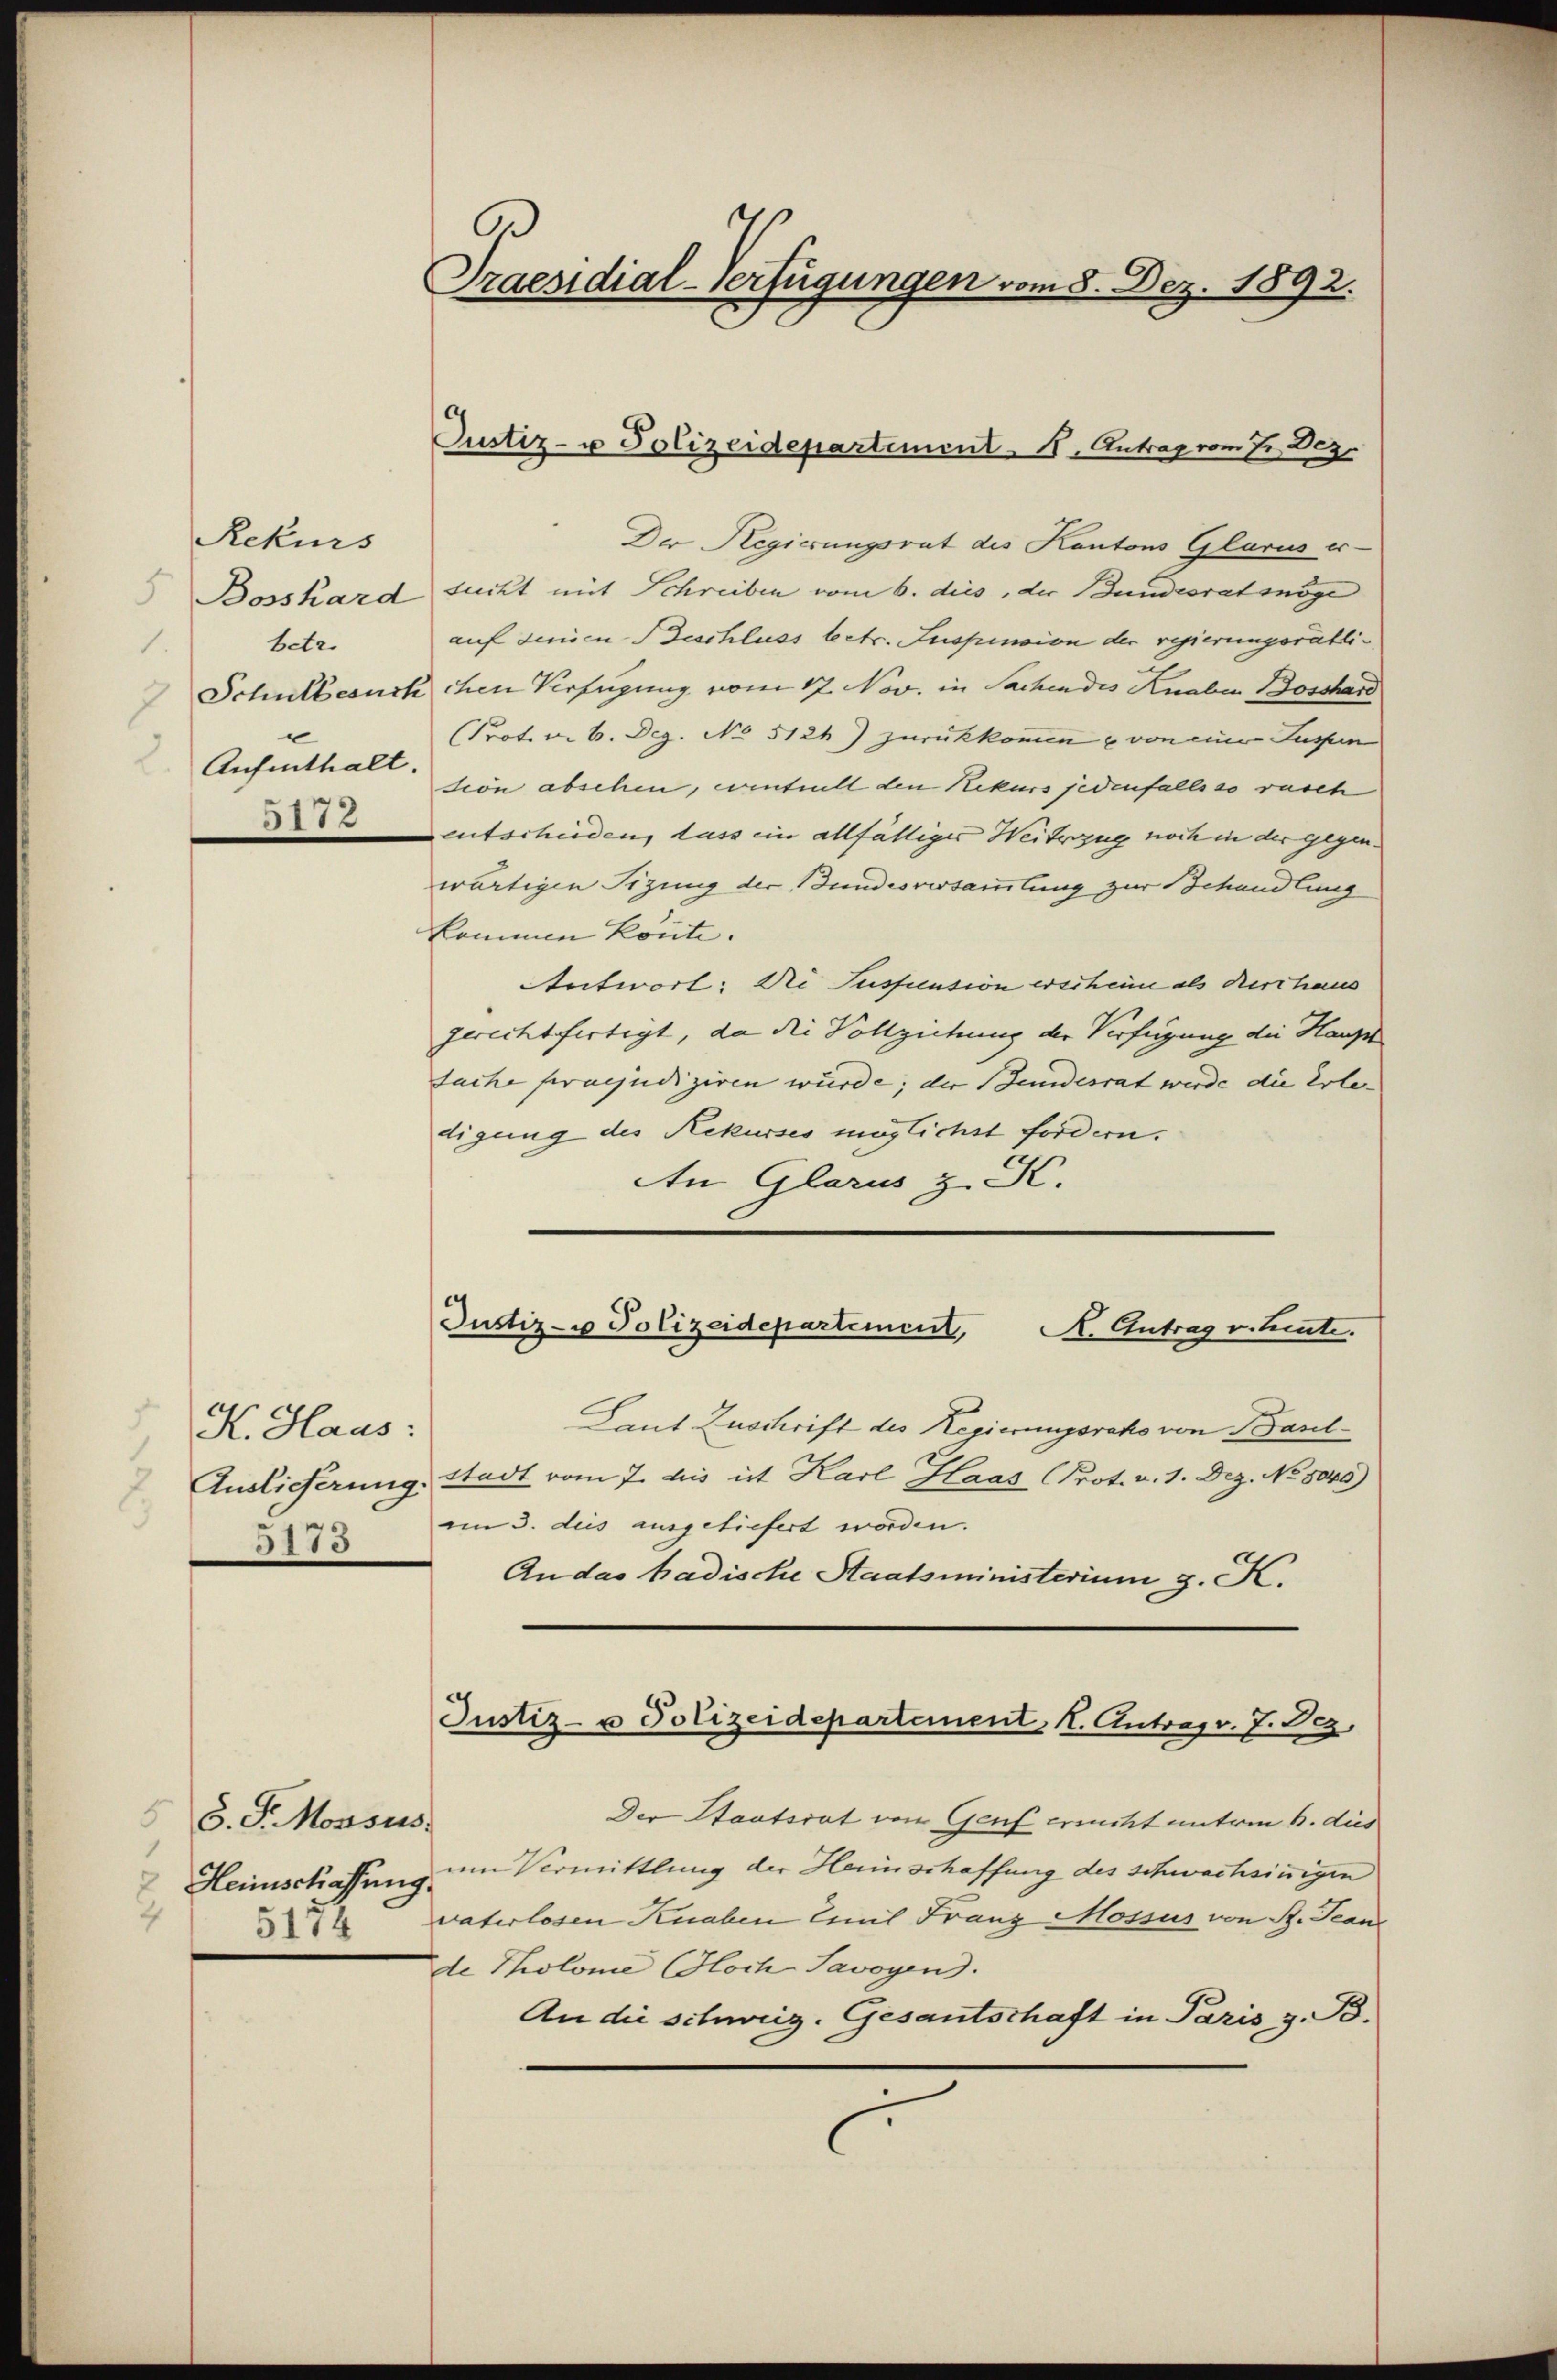
Rekurs
betr.
1.
Aufenthalt.
2
5112

K. Haus:

d. J. Mossus.
1
Heimschaffung.
2
5174

Praesidial-Verfügungen vom 8. Dez. 1892.

Der Regierungsrat des Kantons Glarus er-
Bosshard sucht mit Schreiben vom 6. dies, der Bundesrat möge
auf denien-Beschluss betr. Suspension der regierungsrätli¬
Schulbesuch chen Verfügung vom 17. Nov. in Sachendes Knaben Bosshand
Prot. v. 6. Dez. No 5124) zurückkommen & von einer Suspen
sion abschen, eventuell den Rekurs jedenfalls so rasch
eutscheiden, dass ein allfälliges Weiterzug noch in der gegen.
wärtigen Sizung der Bundesversammlung zur Behandlung
kommen könnte. |
Antwort: Dr. Suspension erscheim als durchaus
gerechtfertigt, da die Vollziehung der Verfügung die Haupt
tache praejudiziren würde; der Bundesrat werde die Erle- |
digung des Rekurses möglichst fordern.
An Glarus z. K.
Justiz- u Polizeidepartement A. Antrag v. Leute.
Laut Zuschrift des Regierungsrako von Baul¬
Andlicherung. Stadt vom 7. dies ist Karl Haas (Prot. v. 1. Dez. No 8045)
313 am 3. dies ausgeliefert worden.
An das badische Staatsministerium d. K.

Justiz- u Polizeidepartement 11. Antrag vom 7. Dez.

Justiz- u Polizeidepartement, I. Antrag v. J. J.

Der Staatsrat von Genf erricht unterm 6. dies
um Vermittlung der Heinschaffung des schwachsinnigen
vaterlosen Knaben Emil Franz Mossus von B. Jean
de Tholome (Hloch Savoyen.
An die schweiz. Gesantschaft in Paris z. B.